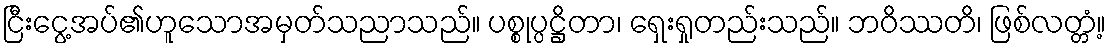
ငြီးငွေ့အပ်၏ဟူသောအမှတ်သညာသည်။ ပစ္စုပ္ပဋ္ဌိတာ၊ ရှေးရှုတည်းသည်။ ဘဝိဿတိ၊ ဖြစ်လတ္တံ့။